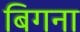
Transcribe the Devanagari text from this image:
बिगना